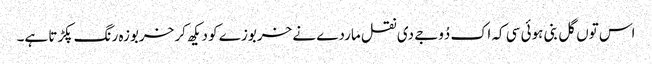
اس توں گل بنی ہوئی سی کہ اک دُوجے دی نقل ماردے نے خربوزے کو دیکھ کر خربوزہ رنگ پکڑتا ہے۔